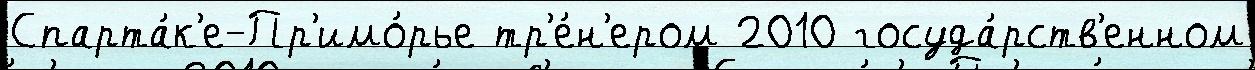
Спарта́к'е-Пр'имо́рье тр'е́н'ером 2010 госуда́рств'енном